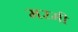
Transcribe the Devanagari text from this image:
मरमी